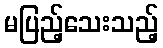
မပြည့်သေးသည့်